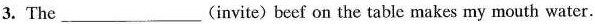
3.The ___ (invite) beef on the table makes my mouth water.